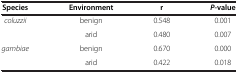
<table><thead><tr><td><b>Species</b></td><td><b>Environment</b></td><td><b>r</b></td><td><b><i>P</i>-value</b></td></tr></thead><tbody><tr><td><i>coluzzii</i></td><td>benign</td><td>0.548</td><td>0.001</td></tr><tr><td> </td><td>arid</td><td>0.480</td><td>0.007</td></tr><tr><td><i>gambiae</i></td><td>benign</td><td>0.670</td><td>0.000</td></tr><tr><td> </td><td>arid</td><td>0.422</td><td>0.018</td></tr></tbody></table>